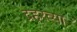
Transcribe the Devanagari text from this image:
द्रहरव्या